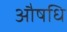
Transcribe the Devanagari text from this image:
औषधि